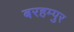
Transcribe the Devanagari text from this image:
बरहम्पुर